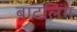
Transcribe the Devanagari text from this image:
बाटलिंग